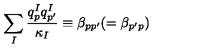
\sum _ { I } \frac { q _ { p } ^ { I } q _ { p ^ { \prime } } ^ { I } } { \kappa _ { I } } \equiv \beta _ { p p ^ { \prime } } ( = \beta _ { p ^ { \prime } p } )